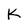
Character: K